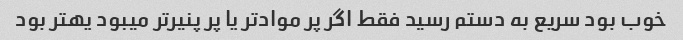
خوب بود سریع به دستم رسید فقط اگر پر مواد‌تر یا پر پنیر‌تر میبود یهتر بود